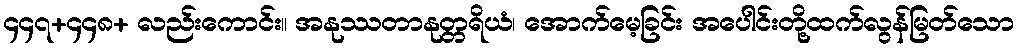
၄၄၇+၄၄၈+ လည်းကောင်း။ အနုဿတာနုတ္တရိယံ၊ အောက်မေ့ခြင်း အပေါင်းတို့ထက်လွန်မြတ်သော